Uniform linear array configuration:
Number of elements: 32
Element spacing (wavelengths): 0.75
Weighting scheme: hamming
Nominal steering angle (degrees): -45
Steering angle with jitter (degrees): -43.461
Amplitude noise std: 0.05
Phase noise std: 0.05

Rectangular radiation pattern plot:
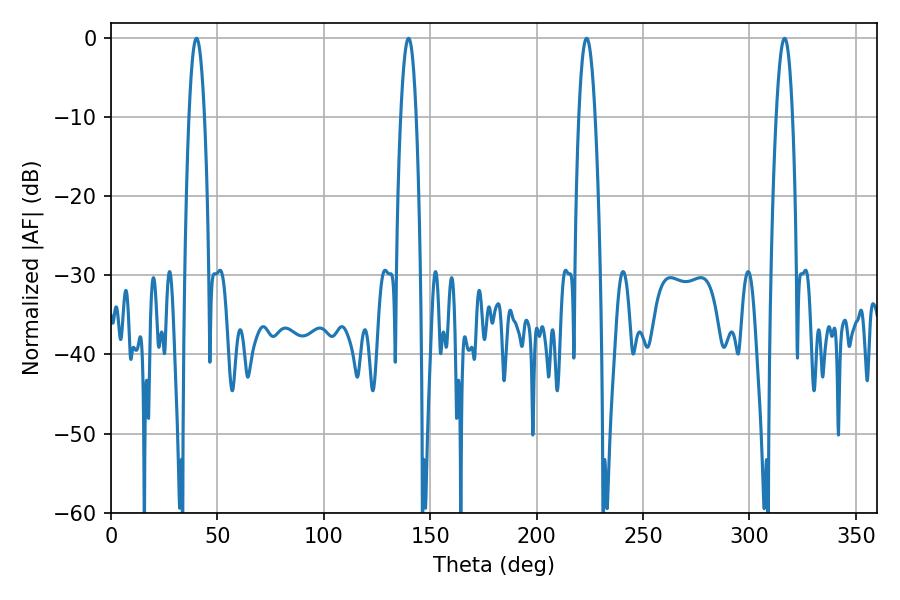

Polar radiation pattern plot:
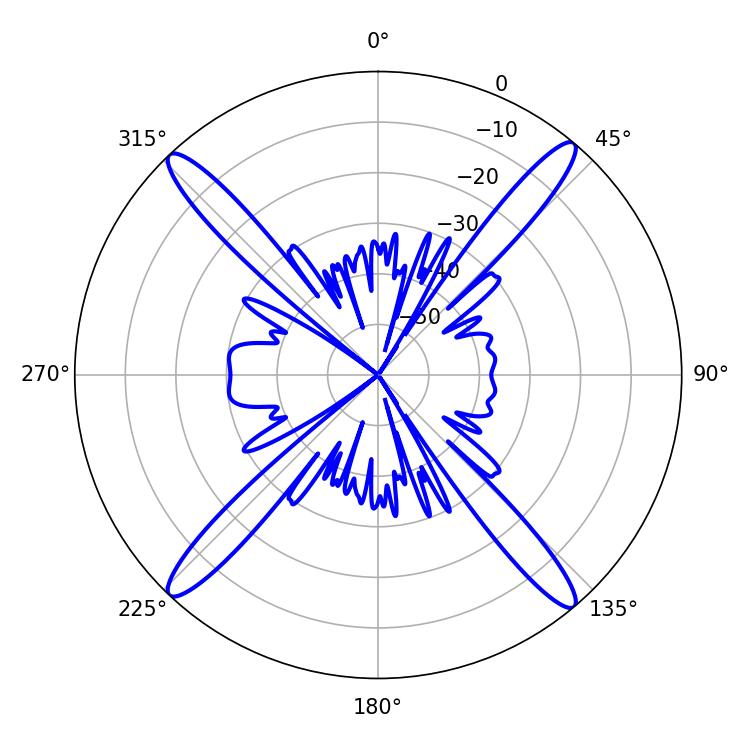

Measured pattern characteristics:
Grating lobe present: TRUE
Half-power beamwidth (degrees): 3.96
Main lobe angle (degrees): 40.14